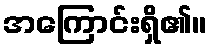
အကြောင်းရှိ၏။